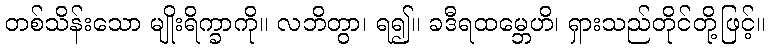
တစ်သိန်းသော မျိုးရိက္ခာကို။ လဘိတွာ၊ ရ၍။ ခဒီရထမ္ဘေဟိ၊ ရှားသည်တိုင်တို့ဖြင့်။